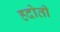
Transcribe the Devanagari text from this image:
हदोती